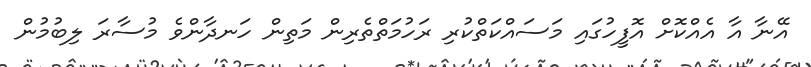
އޭނާ އާ އެއްކޮށް އޮފީހުގައި މަސައްކަތްކުރި ރަހުމަތްތެރިން މަތިން ހަނދާންވެ މުސާރަ ލިބުމުން